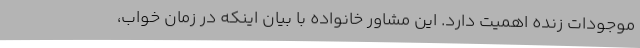
موجودات زنده اهمیت دارد. این مشاور خانواده با بیان اینکه در زمان خواب،